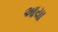
આયા